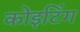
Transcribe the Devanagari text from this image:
कोइटिंग